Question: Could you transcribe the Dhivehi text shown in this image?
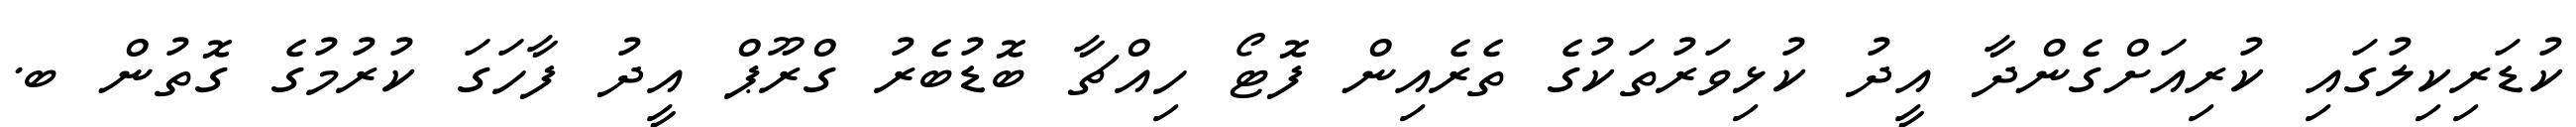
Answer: ކުޑަރިކިލުގައި ކުރިއަށްގެންދާ އީދު ކުޅިވަރުތަކުގެ ތެރެއިން ފޮޓޯ ހިއްޗާ ބޮޑުބެރު ގްރޫޕް އީދު ފާހަގަ ކުރުމުގެ ގޮތުން ބ.